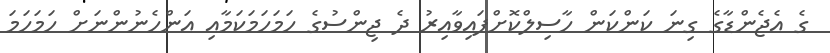
ގެ އެޖެންޑާގެ ގިނަ ކަންކަން ހާސިލްކޮށްފައިވާއިރު ދެ ޖިންސުގެ ހަމަހަމަކަމާއި އަންހެނުންނަށް ހަމަހަމަ